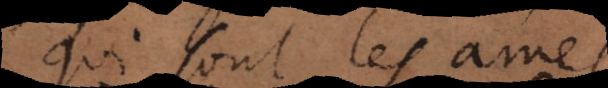
qui sont les ames,